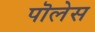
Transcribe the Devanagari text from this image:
पॊलेस